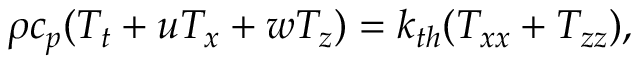
\rho c _ { p } ( T _ { t } + u T _ { x } + w T _ { z } ) = k _ { t h } ( T _ { x x } + T _ { z z } ) ,